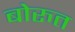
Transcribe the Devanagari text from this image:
बोरुत